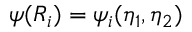
\psi ( R _ { i } ) = \psi _ { i } ( \eta _ { 1 } , \eta _ { 2 } )